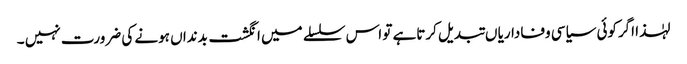
لہٰذا اگرکوئی سیاسی وفاداریا ں تبدیل کرتاہے تو اس سلسلے میں انگشت بدنداں ہونے کی ضرورت نہیں ۔